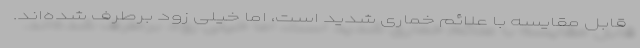
قابل مقایسه با علائم خماری شدید است، اما خیلی زود برطرف شده‌اند.